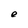
Character: e